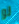
لو